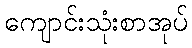
ကျောင်းသုံးစာအုပ်